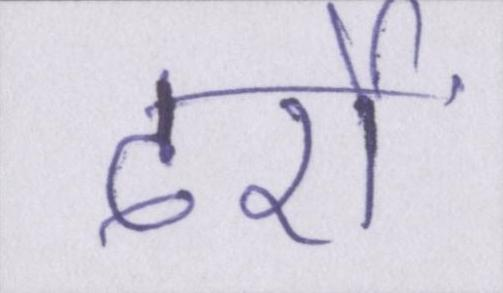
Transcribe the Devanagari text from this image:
दर्रों